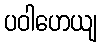
ပဝါဟေယျ